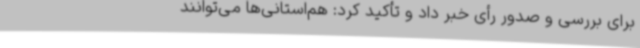
برای بررسی و صدور رأی خبر داد و تأکید کرد: هم‌استانی‌ها می‌توانند